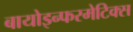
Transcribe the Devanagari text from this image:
बायोइन्फरमेटिक्स